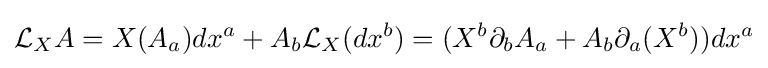
{\mathcal {L}}_{X}A=X(A_{a})dx^{a}+A_{b}{\mathcal {L}}_{X}(dx^{b})=(X^{b}\partial _{b}A_{a}+A_{b}\partial _{a}(X^{b}))dx^{a}